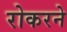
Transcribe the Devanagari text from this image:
रोकरने